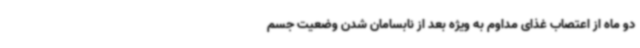
دو ماه از اعتصاب غذای مداوم به ویژه بعد از نابسامان شدن وضعیت جسم